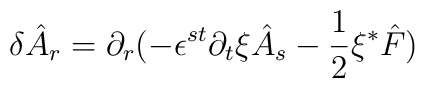
\delta \hat{A}_{r}=\partial_{r}(-\epsilon^{st}\partial_{t}\xi\hat{A}_{s}-\frac{1}{2}\xi{^\ast}\hat{F})